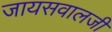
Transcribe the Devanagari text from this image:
जायसवालजी